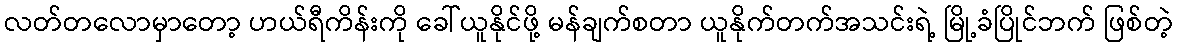
လတ်တလောမှာတော့ ဟယ်ရီကိန်းကို ခေါ်ယူနိုင်ဖို့ မန်ချက်စတာ ယူနိုက်တက်အသင်းရဲ့ မြို့ခံပြိုင်ဘက် ဖြစ်တဲ့